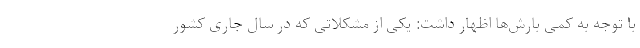
با توجه به کمی بارش‌ها اظهار داشت: یکی از مشکلاتی که در سال جاری کشور